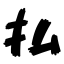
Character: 払